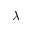
\lambda